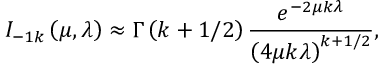
I _ { - 1 k } \left( \mu , \lambda \right) \approx \Gamma \left( k + 1 / 2 \right) \frac { e ^ { - 2 \mu k \lambda } } { \left( 4 \mu k \lambda \right) ^ { k + 1 / 2 } } ,